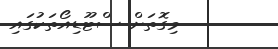
މިގޮތަށް ސްޓޫޑިއޯތަކުގައި